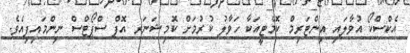
އެކްސްކޯ އުވާލައި އިންޓަރިމް ކޮމެޓީއަކާ ހަވާލު ކުރުމަށް ކޮމިޝަނަރ އޮފް ސްޕޯޓްސް ނިންމައިފިއެވެ.